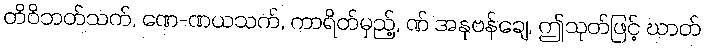
တိဝိဘတ်သက်, ဏေ-ဏယသက်, ကာရိတ်မှည့်, ဏ် အနုဗန်ချေ, ဤသုတ်ဖြင့် ဃာတ်